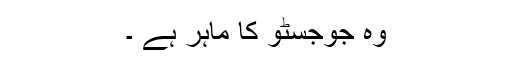
وہ جوجسٹو کا ماہر ہے ۔